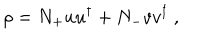
LaTeX: \rho = N _ { + } u u ^ { \dagger } + N _ { - } v v ^ { \dagger } \ ,